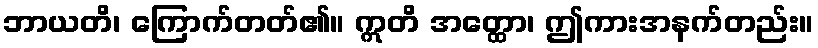
ဘာယတိ၊ ကြောက်တတ်၏။ ဣတိ အတ္ထော၊ ဤကားအနက်တည်း။